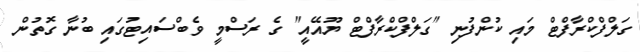
ގަލްފްކްރާފްޓް މައި ކުންފުނި "ގަލްފްކްރާފްޓް ޔޫއޭއީ" ގެ ރަސްމީ ވެބްސައިޓުގައި ބުނާ ގޮތުން